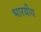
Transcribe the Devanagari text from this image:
भारयीय